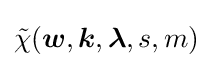
{\tilde {\chi }}({\boldsymbol {w}},{\boldsymbol {k}},{\boldsymbol {\lambda }},s,m)